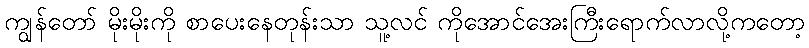
ကျွန်တော် မိုးမိုးကို စာပေးနေတုန်းသာ သူ့လင် ကိုအောင်အေးကြီးရောက်လာလို့ကတော့